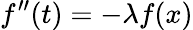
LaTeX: f^{\prime\prime}(t)=-\lambda f(x)